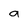
Character: a